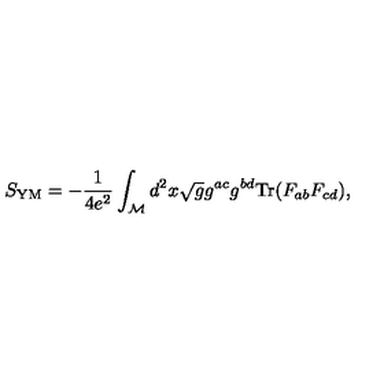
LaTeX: S _ { \mathrm { Y M } } = - { \frac { 1 } { 4 e ^ { 2 } } } \int _ { \cal M } d ^ { 2 } x \sqrt { g } g ^ { a c } g ^ { b d } \mathrm { T r } ( F _ { a b } F _ { c d } ) ,